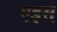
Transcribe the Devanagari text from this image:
एइस